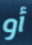
أو